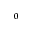
^ 0